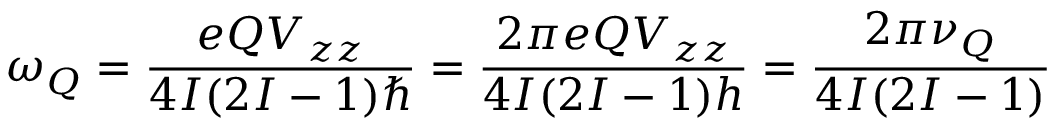
\omega _ { Q } = { \frac { e Q V _ { z z } } { 4 I ( 2 I - 1 ) \hbar } } = { \frac { 2 \pi e Q V _ { z z } } { 4 I ( 2 I - 1 ) h } } = { \frac { 2 \pi \nu _ { Q } } { 4 I ( 2 I - 1 ) } }